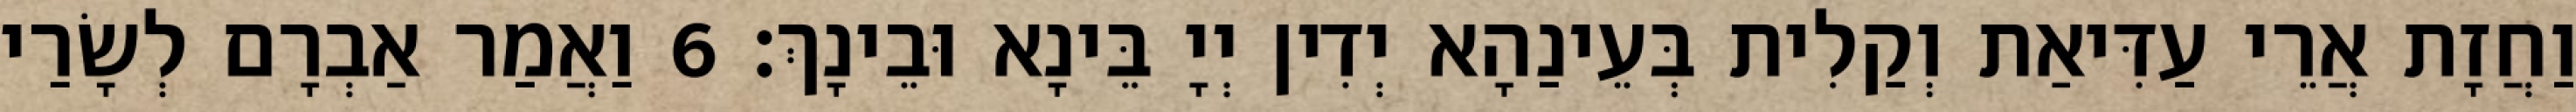
וַחֲזָת אֲרֵי עַדִּיאַת וְקַלִית בְּעֵינַהָא יְדִין יְיָ בֵּינָא וּבֵינָךְ׃ 6 וַאֲמַר אַבְרָם לְשָׂרַי